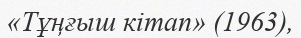
«Тұңғыш кітап» (1963),